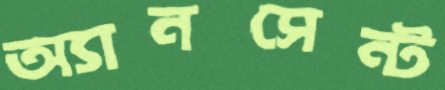
অ্যানসেন্ট